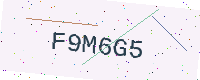
Text: F9M6G5